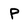
Character: p